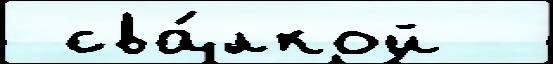
 сва́лкой